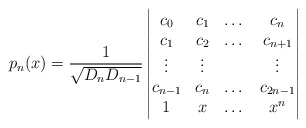
\begin{align*}p_n(x)=\frac{1}{\sqrt{D_n D_{n-1}}}\begin{vmatrix} c_0 & c_1 & \dots & c_n\\c_1 & c_2 & \dots &c_{n+1}\\ \vdots& \vdots & &\vdots\\ c_{n-1} & c_n & \dots & c_{2n-1}\\1 & x & \dots & x^n\end{vmatrix}\end{align*}